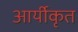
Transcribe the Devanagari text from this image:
आर्यीकृत